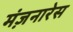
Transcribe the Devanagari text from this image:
मंज़नारेस